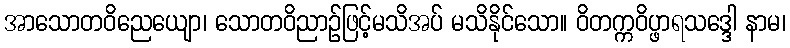
အာသောတဝိညေယျော၊ သောတဝိညာဉ်ဖြင့်မသိအပ် မသိနိုင်သော။ ဝိတက္ကဝိပ္ဖာရသဒ္ဒေါ နာမ၊